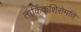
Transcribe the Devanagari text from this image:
तार्किकशिरोमणि